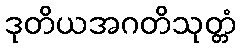
ဒုတိယအဂတိသုတ္တံ